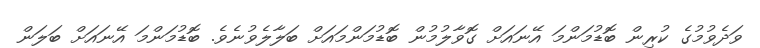
ވަދެވުމުގެ ކުރިން ބޮޑުމަންމަ އޭނައަށް ގޮވާލުމުން ބޮޑުމަންމައަށް ބަލާލެވުނެވެ. ބޮޑުމަންމަ އޭނައަށް ބަލަން